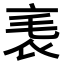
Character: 𧘝